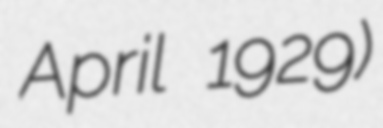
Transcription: April 1929)